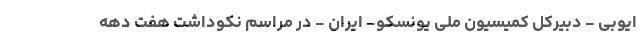
ایوبی - دبیرکل کمیسیون ملی یونسکو- ایران - در مراسم نکوداشت هفت دهه